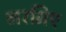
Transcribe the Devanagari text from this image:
लरमिए